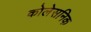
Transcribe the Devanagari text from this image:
कोलेसनिक